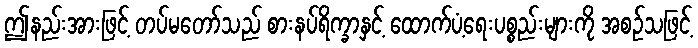
ဤနည်းအားဖြင့် တပ်မတော်သည် စားနပ်ရိက္ခာနှင့် ထောက်ပံ့ရေးပစ္စည်းများကို အစဉ်သဖြင့်